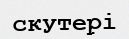
скутері